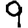
Digit: 9